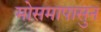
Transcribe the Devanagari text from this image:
मोसमापासुन